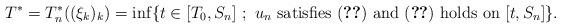
LaTeX: \begin{align*}T^*=T_n^*((\xi_{k})_k)=\inf\{t\in[T_0,S_n]\ ; \ \hbox{$u_n$ satisfies \eqref{hyp:4} and (\ref{eq:BS}) holds on $[t,S_n]$} \} .\end{align*}